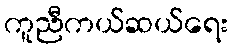
ကူညီကယ်ဆယ်ရေး